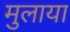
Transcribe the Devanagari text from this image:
मुलाया